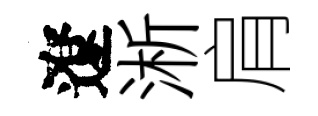
遼淅肩